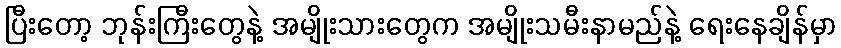
ပြီးတော့ ဘုန်းကြီးတွေနဲ့ အမျိုးသားတွေက အမျိုးသမီးနာမည်နဲ့ ရေးနေချိန်မှာ